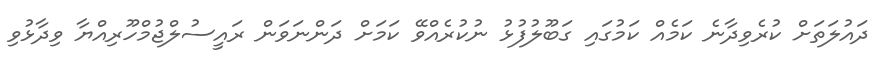
ދައުލަތަށް ކުރެވިދާނެ ކަމެއް ކަމުގައި ގަބޫލުފުޅު ނުކުރެއްވޭ ކަމަށް ދަންނަވަން ރައީސުލްޖުމްހޫރިއްޔާ ވިދާޅުވި